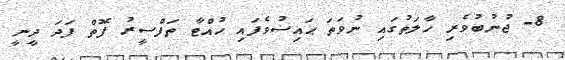
8- ޖުނުބުވެރި ހާލަތުގައި ނުވަތަ ޙައިޟުވެފައި ހުއްޓާ ތަފްސީރު ފޮތް ފަދަ ދީނީ